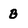
Character: B